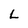
Character: L